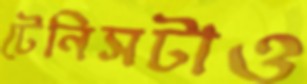
টেনিসটাও